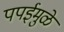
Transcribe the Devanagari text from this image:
पपईमुळे